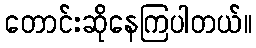
တောင်းဆိုနေကြပါတယ်။